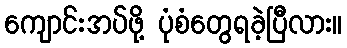
ကျောင်းအပ်ဖို့ ပုံစံတွေရခဲ့ပြီလား။